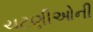
ચટણીઓની